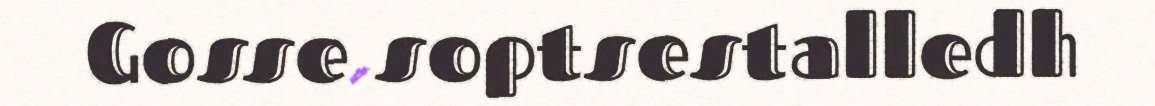
Gosse soptsestalledh